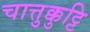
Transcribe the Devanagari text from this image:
चात्तुक्कुट्टि